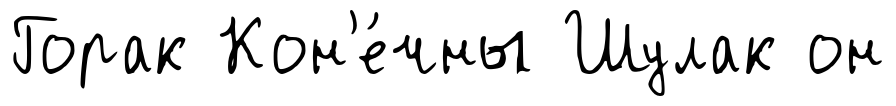
Горак Кон'е́чны Шулак он